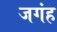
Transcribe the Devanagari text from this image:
जगंह